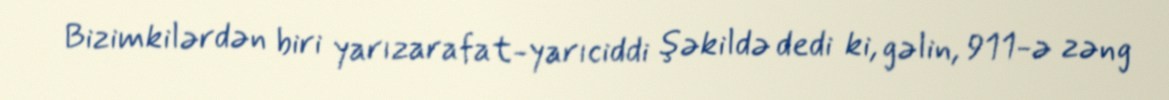
Bizimkilərdən biri yarızarafat-yarıciddi şəkildə dedi ki, gəlin, 911-ə zəng